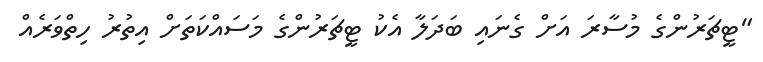
"ޓީޗަރުންގެ މުސާރަ އަށް ގެނައި ބަދަލާ އެކު ޓީޗަރުންގެ މަސައްކަތަށް އިތުރު ހިތްވަރެއް